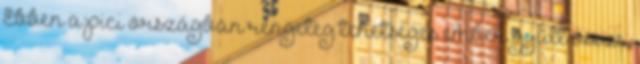
Ebben a pici országban rengeteg tehetséges ember gyűlt össze,